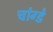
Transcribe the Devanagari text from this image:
चांग्डे